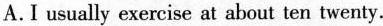
A.I usually exercise at about ten twenty.